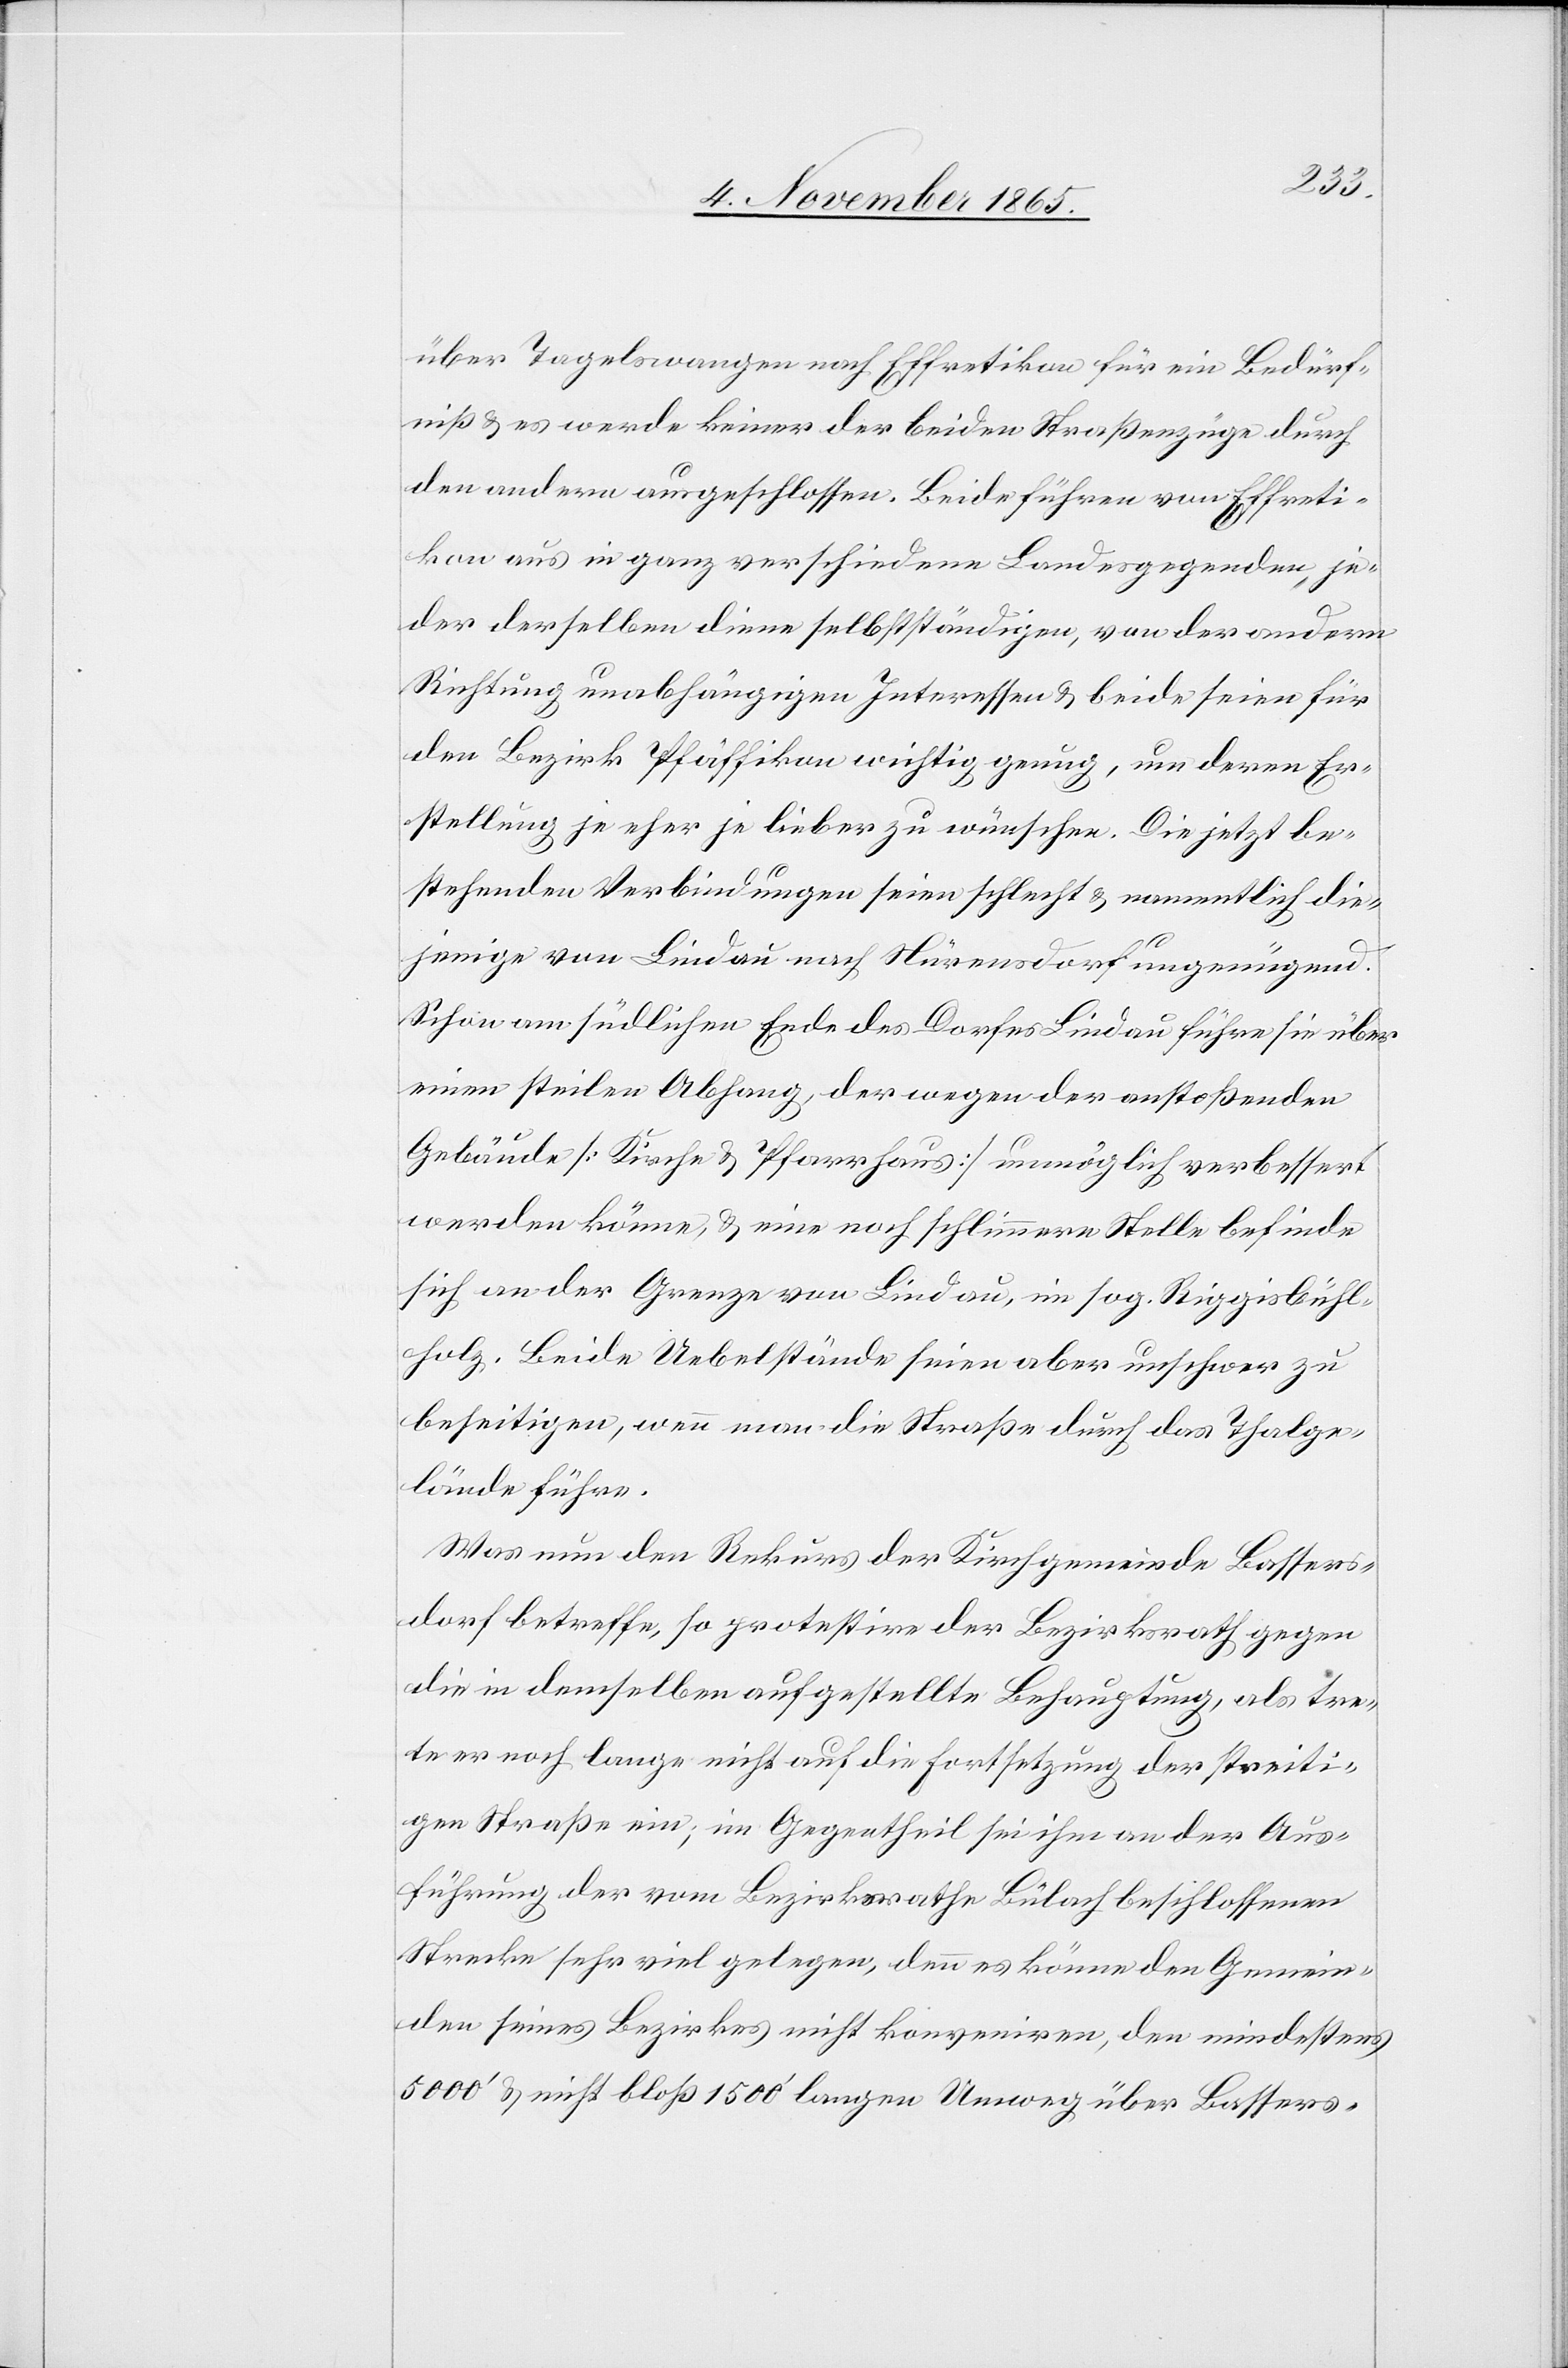
über Tagelswangen nach Effretikon für ein Bedürf¬
niß & es werde keiner der beiden Straßenzüge durch
den andern ausgeschlossen. Beide führen von Effreti¬
kon aus in ganz verschiedene Landesgegenden, je¬
der derselben diene selbstständigen, von der andern
Richtung unabhängigen Interessen & beide seien für
den Bezirk Pfäffikon wichtig genug, um deren Er¬
stellung je eher je lieber zu wünschen. Die jetzt be¬
stehenden Verbindungen seien schlecht & namentlich die¬
jenige von Lindau nach Nürensdorf ungenügend.
Schon am südlichen Ende des Dorfes Lindau führe sie über
einen steilen Abhang, der wegen der anstoßenden
Gebäude [Kirche & Pfarrhaus] unmöglich verbessert
werden könne, & eine noch schlimmere Stelle befinde
sich an der Grenze von Lindau, im sog. Riggisbühl¬
holz. Beide Uebelstände seien aber unschwer zu
beseitigen, wenn man die Straße durch das Thalge¬
lände führe.
Was nun den Rekurs der Kirchgemeinde Bassers¬
dorf betreffe, so protestire der Bezirksrath gegen
die in demselben aufgestellte Behauptung, als tre¬
te er noch lange nicht auf die Fortsetzung der streiti¬
gen Straße ein; im Gegentheil sei ihm an der Aus¬
führung der vom Bezirksrathe Bülach beschlossenen
Strecke sehr viel gelegen, denn es könne den Gemein¬
den seines Bezirkes nicht konveniren, den mindestens
5000’ & nicht bloß 1500’ langen Umweg über Bassers-